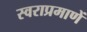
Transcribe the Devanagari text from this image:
स्वराप्रमाणें